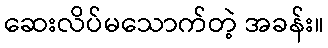
ဆေးလိပ်မသောက်တဲ့ အခန်း။